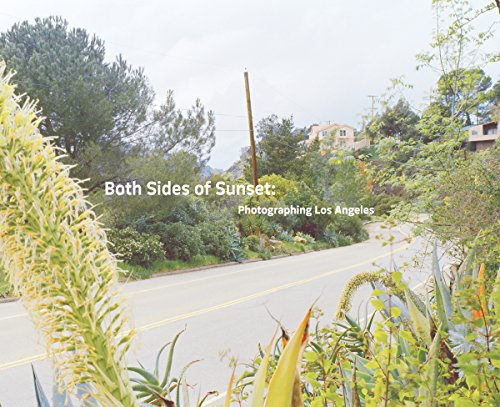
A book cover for Both Sides of Sunset: Photographing Los Angeles; Arts & Photography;